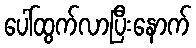
ပေါ်ထွက်လာပြီးနောက်